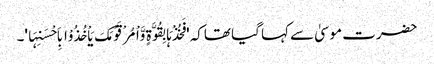
حضرت موسیٰ سے کہا گیا تھاکہ 'فَخُذْہَا بِقُوَّۃٍ وَّاْمُرْ قَوْمَکَ یَاْخُذُوْا بِاَحْسَنِہَا'۔